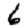
Digit: 6